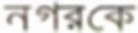
নগরকে